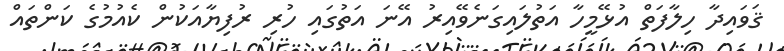
ޤަވައިދާ ހިލާފަތް އުޅޭމީހާ އަތުލައިގަނެވޭއިރު އޭނަ އަތުގައި ހުރި ރުފިޔާއަކުން ކެއުމުގެ ކަންތައް